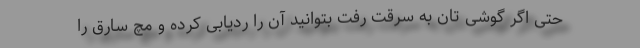
حتی اگر گوشی تان به سرقت رفت بتوانید آن را ردیابی کرده و مچ سارق را